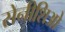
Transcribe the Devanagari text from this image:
सेनीशिओ